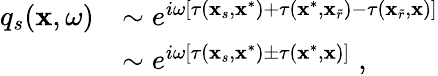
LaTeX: \begin{array}{rl}{q_{s}(\mathbf{x},\omega)}&{\sim e^{i\omega\left[\tau(\mathbf{x}_{s},\mathbf{x}^{*})+\tau(\mathbf{x}^{*},\mathbf{x}_{\widetilde{r}})-\tau(\mathbf{x}_{\widetilde{r}},\mathbf{x})\right]}}\\ &{\sim e^{i\omega\left[\tau(\mathbf{x}_{s},\mathbf{x}^{*})\pm\tau(\mathbf{x}^{*},\mathbf{x})\right]}\; ,}\end{array}